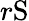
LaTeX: r\mathrm{S}